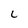
Character: L